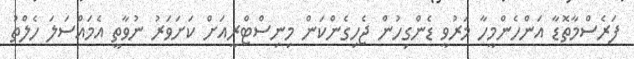
ފަރެސްމާތޮޑާ އަންހެންމީހާ މަރުވީ ޑެންގިހުން ޖެހިގެންކަން މިނިސްޓްރީއަށް ކަށަވަރު ނުވާތީ އެމައްސަލަ ހެލްތު